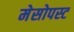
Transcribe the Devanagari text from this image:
मेसोपस्ट